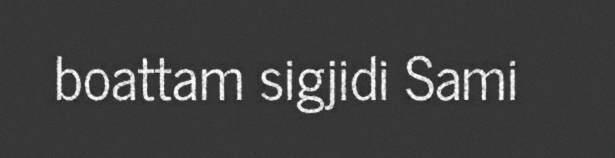
boattam sigjidi Sami